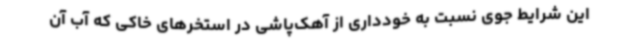
این شرایط جوی نسبت به خودداری از آهک‌پاشی در استخرهای خاکی که آب آن